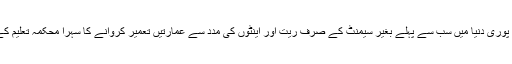
اسی طرح پوری دنیا میں سب سے پہلے بغیر سیمنٹ کے صرف ریت اور اینٹوں کی مدد سے عمارتیں تعمیر کروانے کا سہرا محکمہ تعلیم کے سر ہے۔